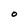
Character: O